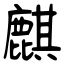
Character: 麒